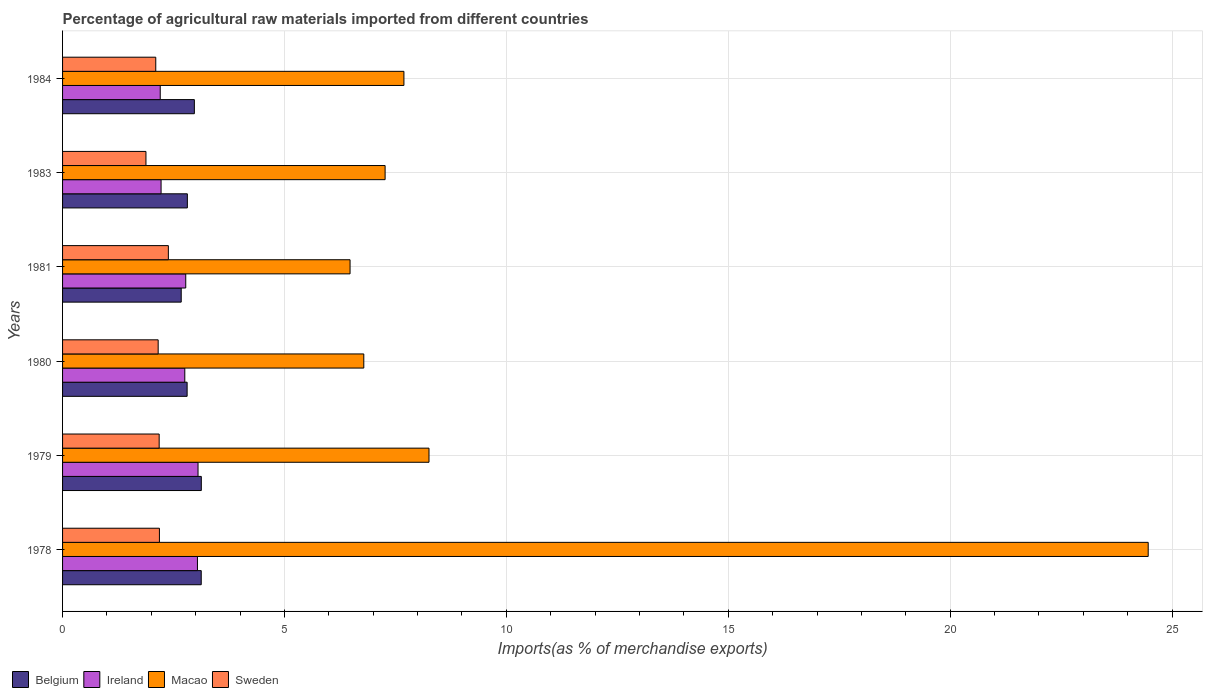
| Years | Belgium | Ireland | Macao | Sweden |
 | --- | --- | --- | --- | --- |
 | 1978 | 3.12 | 3.04 | 24.5 | 2.18 |
 | 1979 | 3.13 | 3.05 | 8.26 | 2.18 |
 | 1980 | 2.81 | 2.75 | 6.79 | 2.15 |
 | 1981 | 2.67 | 2.78 | 6.48 | 2.38 |
 | 1983 | 2.81 | 2.22 | 7.27 | 1.88 |
 | 1984 | 2.97 | 2.2 | 7.69 | 2.1 |